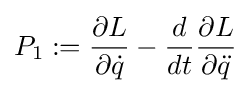
P_{1}:={\frac {\partial L}{\partial {\dot {q}}}}-{\frac {d}{dt}}{\frac {\partial L}{\partial {\ddot {q}}}}